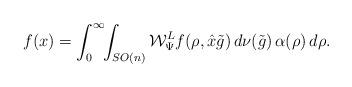
LaTeX: \begin{align*}f(x)=\int_0^\infty\!\!\int_{SO(n)}\mathcal W_\Psi^L f(\rho,\hat x\tilde g)\,d\nu(\tilde g)\,\alpha(\rho)\,d\rho.\end{align*}